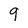
Character: 9